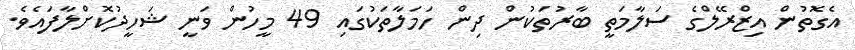
އެގޮތުން އިޒްރޭލްގެ ސަލާމަތީ ބާރުތަކުން ދިން ހަމަލާތަކުގައި 49 މީހުން ވަނީ ޝަހީދުކޮށްލާފައެވެ.